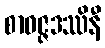
စာဝဇ္ဇဒဿိနီ